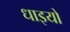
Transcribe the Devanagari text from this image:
धाइयो